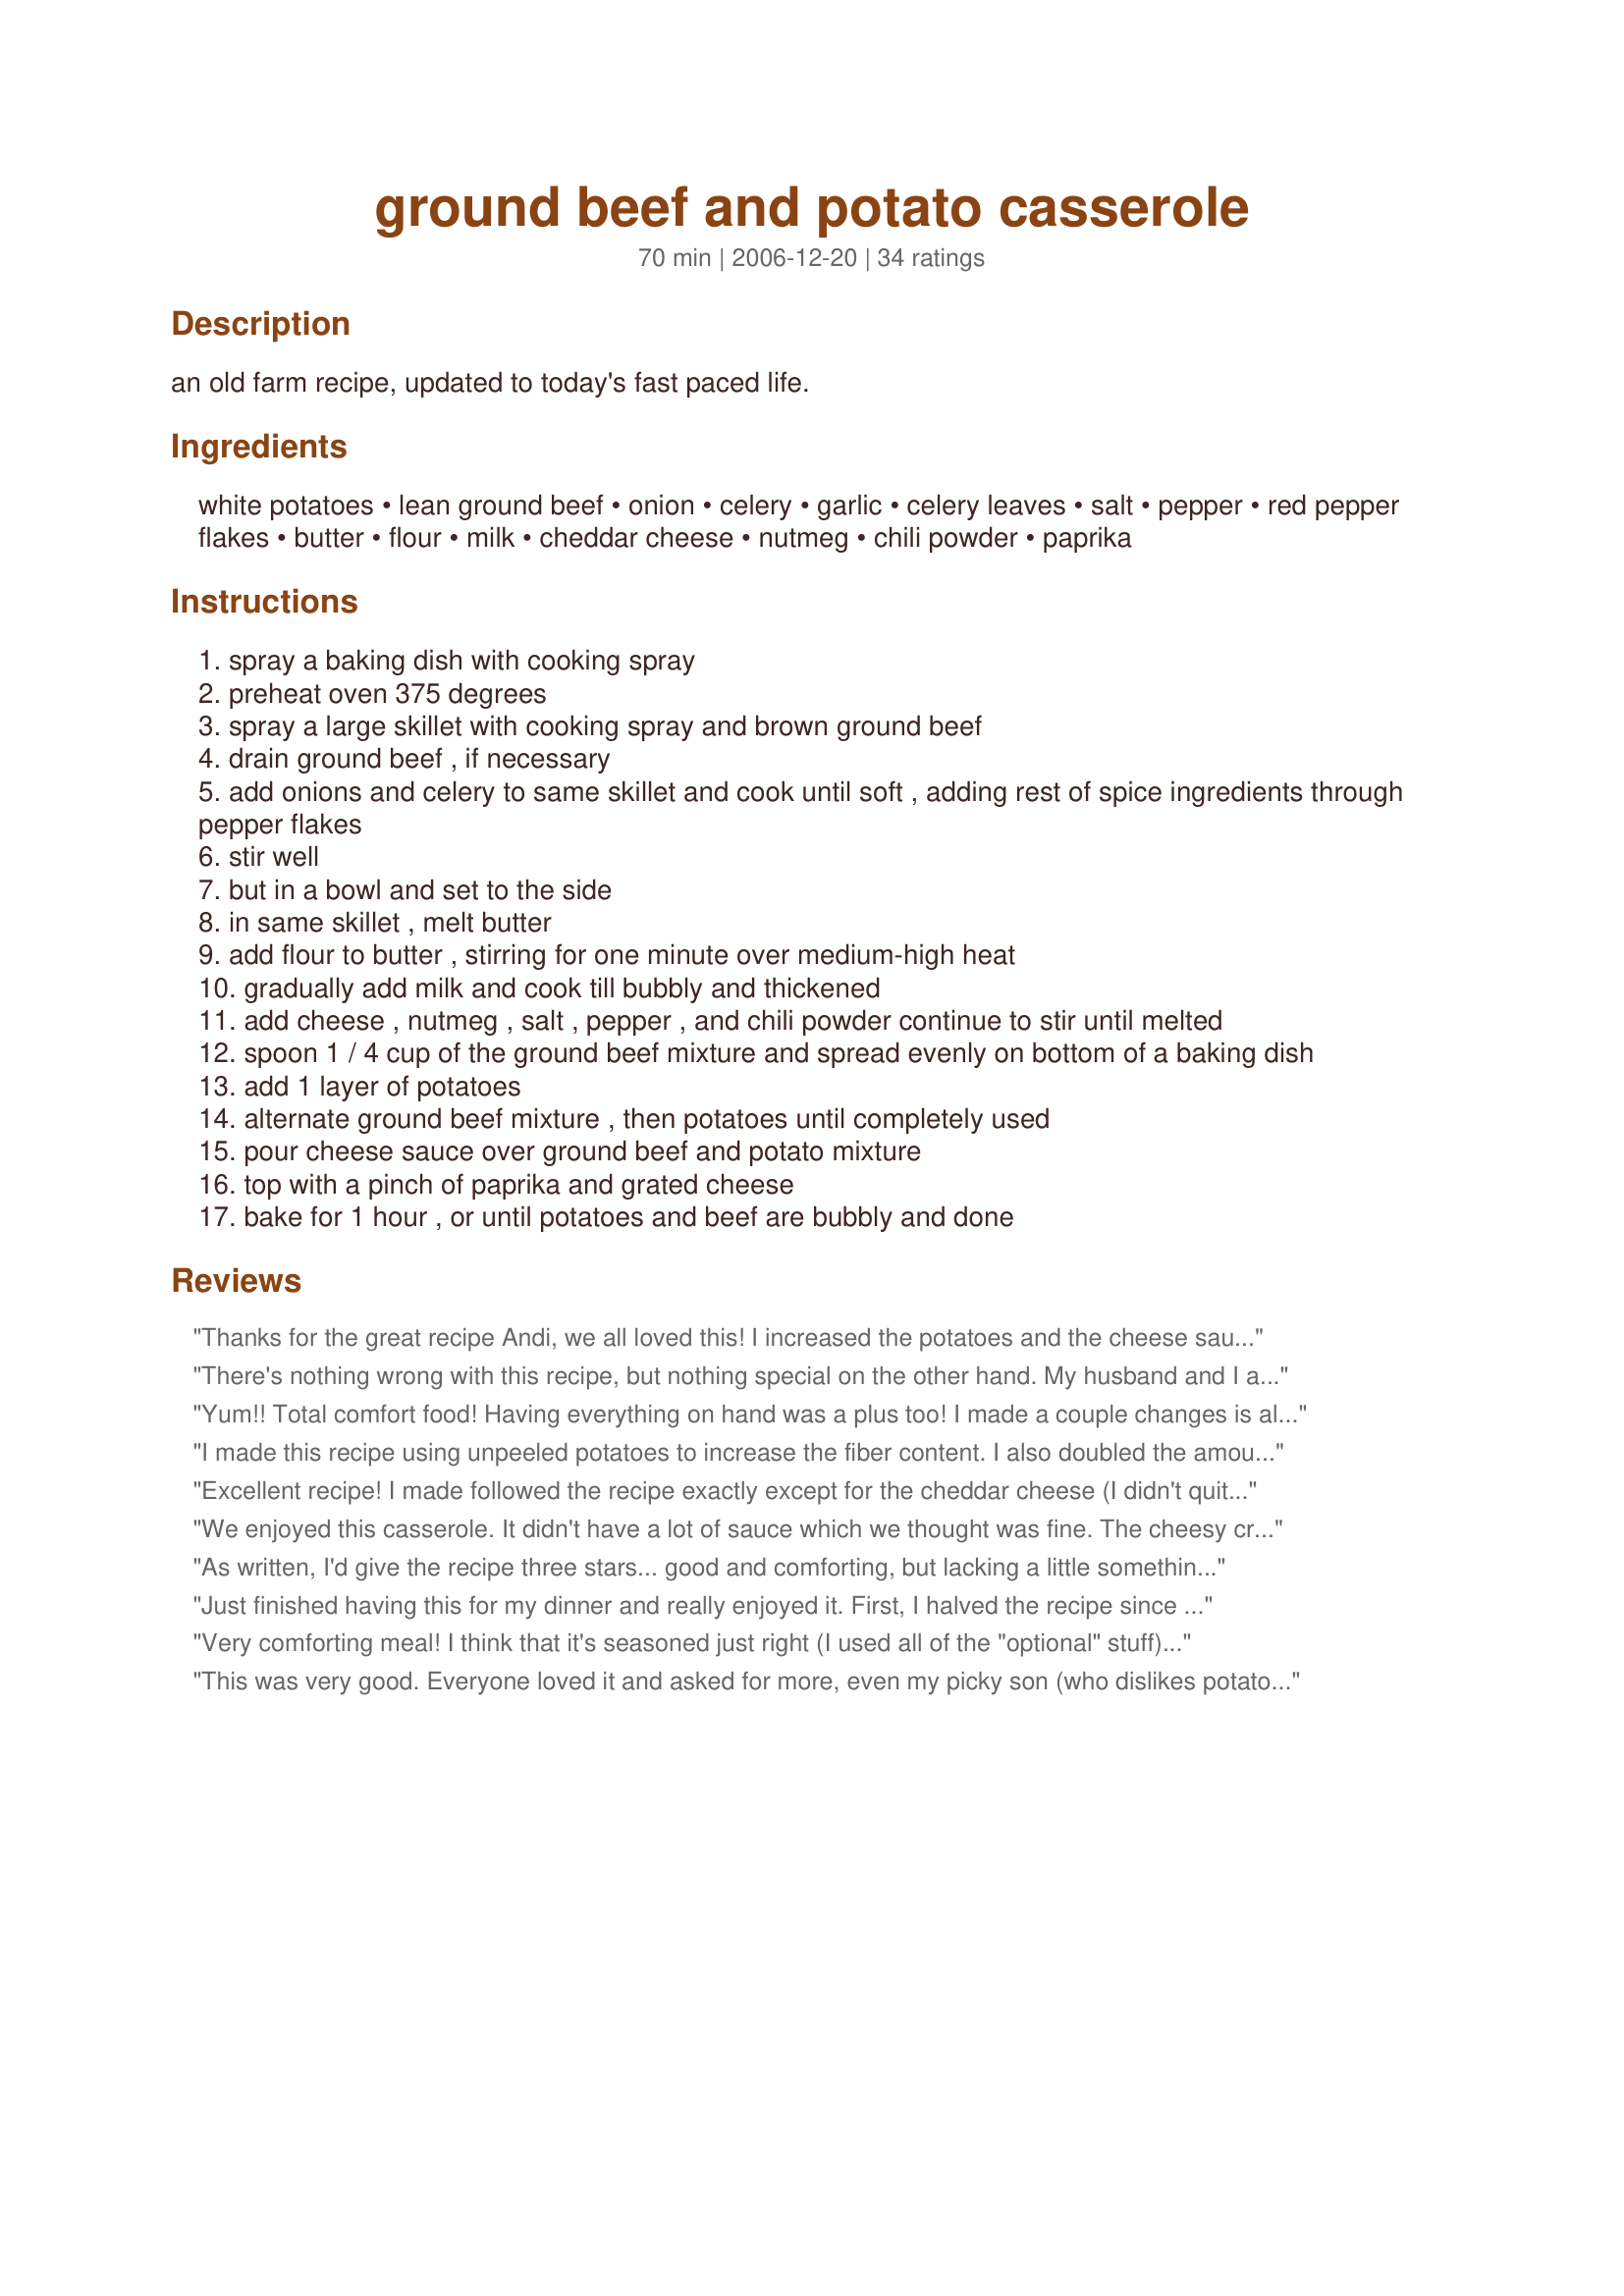
ground beef and potato casserole
Preparation time: 70 minutes

an old farm recipe, updated to today's fast paced life.

Ingredients:
white potatoes, lean ground beef, onion, celery, garlic, celery leaves, salt, pepper, red pepper flakes, butter, flour, milk, cheddar cheese, nutmeg, chili powder, paprika

Steps:
spray a baking dish with cooking spray
preheat oven 375 degrees
spray a large skillet with cooking spray and brown ground beef
drain ground beef , if necessary
add onions and celery to same skillet and cook until soft , adding rest of spice ingredients through pepper flakes
stir well
but in a bowl and set to the side
in same skillet , melt butter
add flour to butter , stirring for one minute over medium-high heat
gradually add milk and cook till bubbly and thickened
add cheese , nutmeg , salt , pepper , and chili powder continue to stir until melted
spoon 1 / 4 cup of the ground beef mixture and spread evenly on bottom of a baking dish
add 1 layer of potatoes
alternate ground beef mixture , then potatoes until completely used
pour cheese sauce over ground beef and potato mixture
top with a pinch of paprika and grated cheese
bake for 1 hour , or until potatoes and beef are bubbly and done

Reviews:
Thanks for the great recipe Andi, we all loved this! I increased the potatoes and the cheese sauce and added a bit of the sauce to each layer as suggested by others. This works great. ( I used a sharp cheddar cheese.) Left out the nutmeg due to personal preference. My kids ate two big plates of this which is remarkable. I have just a wee bit left for lunch tomorrow and I am not sharing!!! Really good, thx!
There's nothing wrong with this recipe, but nothing special on the other hand. My husband and I ate almost most of it, but thought we shouldn't make it again. It's not a big deal.
Yum!! Total comfort food! Having everything on hand was a plus too! I made a couple changes is all. Decreased the burger to a half pound (personal choice) and skipped on the oil to brown it in. Did everything else as directed and it couldn't have been easier to put together. I baked it at 350* for about 50 minutes and it was great! Husband said he loved it and it was familiar to him from growing up. He also wants it added to the meal rotation which is a done deal because we both loved it! Thank you for sharing this recipe and even bringing back some childhood memories! :)
I made this recipe using unpeeled potatoes to increase the fiber content. I also doubled the amount of onions and celery. For the sauce I replaced the butter with 1/4 cup of light Miracle Whip. I think that next time I'll try replacing the flour and butter with light cream cheese. For the cheese sauce I substituted fat reduced old cheddar and used skim milk. I thought the end result was a bit bland but DH liked it alot. The changes I made reduced the calories only slightly to 439. The fiber increased to 4.6 g or 18% and the total fat was reduced to 15.8 g. The fiber was probably a bit higher since Zaar doesn't seem to offer unpeeled potatoes as an ingredient option. Made for the 'Make it Healthier' Cooking tag game.
Excellent recipe! I made followed the recipe exactly except for the cheddar cheese (I didn't quite have enough; I had to use monterey-jack instead). It came out a tad bit salty for my liking (probably from the cheese), but otherwise it was great. The whole dish got eaten the first go-round. :-) Thanks!
We enjoyed this casserole. It didn't have a lot of sauce which we thought was fine. The cheesy crust on top was very tasty. The only change to the recipe I made was I didn't add any nutmeg. I had forgotten that I was out so did without. Thanks for sharing your recipe, Andi.
As written, I'd give the recipe three stars... good and comforting, but lacking a little something. I followed most of the changes mentioned in Rita's review, and would give that a 4 for sure! I think I'll continue to tweak it a little for our family's tastes as it is definitely in the running to be one of our favorites -- I just know it! Thanks, Andi!
Just finished having this for my dinner and really enjoyed it. First, I halved the recipe since I'm only cooking for one person. Did not add the red pepper flakes and forgot to add the paprika and cheese topping, but it was fine without those things. After tasting the sauce and adding more milk and salt, I just mixed everything together rather than layering. One hour was perfect for a cook time. Thanks, Andi.
Very comforting meal! I think that it's seasoned just right (I used all of the "optional" stuff). I doubled the recipe and used 1 lb of lean ground beef and 1 lb of ground turkey breast. I did need more milk in my cheese sauce. After reading other reviews, I poured a wee bit of that cheese sauce between layers. I covered this for the first 45 minutes and uncovered the last fifteen. My casserole was moist, cheesey and tasty! Certainly a "keeper!" Thanx for sharing!
This was very good. Everyone loved it and asked for more, even my picky son (who dislikes potatoes). Will make again!
This was pretty good. I don't think I used enough cheese tho. I'll make this again using more cheese sauce and extra cheese for the top.
Yes, I tweaked making in a 3 quart dish. I used 4 potatoes which I sliced just before layering so no need to cover with water and chill. I browned 2 pounds of 90 percent less fat beef skipped the oil and sauteed the onions celery and garlic right in with the beef, so no need to remove. I skipped the butter and sprinkled 3 tablespoons flour right over the beef mixture. Stirred it in then added 2 cups of low fat milk and 1 cup cheese heated till thickened stirring in the spices. Now I sliced the potatoes in which I layered with the meet mixture. Quick and easy and a lot less clean up with quicker results. I do suggest covering the casserole dish with foil for 45 minutes to prevent the top from browning to quickly. At which point add the remaining cheese to melt! Comfort food!
Oh my son just had to top his with ketchup and I found it pretty good.
Thanks for the warmth!
This was great! I made a few minor changes based off reviews. Let's see, I added 1/4 more salt to the beef and 1/2tsp more garlic and less 1/4tsp chili flakes. I did a 1/2 more of all the ingredients in the cheese sauce, but did a 1/2 tsp chili- so, a bit more than 1/2 more. I mixed the beef with 1/2 the cheese sauce and layered,adding cheese sauce to each layer. It was good and had a bite,too! I think I'll add more veg to the meat next time. Thanks for sharing...it's a nice recipe.
Very delicious! Just seasoned to our tastes and it was wonderful.
This is a great comfort meal! My family really liked it and I will definitely make it again. It is like having au gratin potatoes with beef and how can you go wrong with that combination? I did use some of RitaL's suggestions to cut down on clean up time since that's the only thing I don't like about cooking! I used only 1 pound lean ground beef, though, omitted the celery (DH does not like it) added 1 1/2 cups of milk and at least 1 cup of the cheddar cheese. I did use a 3-quart casserole dish and covered it until the last few minutes when I added the extra cheese on top. The potatoes came out perfectly and the ground beef and sauce were delicious! Thanks for sharing, Andi.
it's not bad but it's not something i'll make again. the sauce didn't come out right for me i had to add a lot more milk than in the directions. i used all the spices and it still seemed a little blah to me. just not the recipe for me.
Choose this dish based on my ingredients on hand and the reviews. A Big success! Loved it. I followed Rita's suggestions...then added about 1 1/2cups of frozen green beans and two handfuls of frozen corn to meat mixture. Kids lived it. Served with salad and rolls. Thanks for the post.
Andi thank you for another wonderful meal! I used ground round, dried celery leaves with a little celery seed added and just a pinch of red pepper flakes. Did need to add more milk and added the chili powder to the cheese sauce. Peeled and shaved the potatoes thinly with my vegetable peeler. Love casseroles, just opened a can of green beans and we were set. Thank you sweetie for posting your recipe!
A little bland but tasty. Would maybe make more cheese sauce/have a slightly higher ratio of potatoes.
This was a very good meal. For our tastes, the spices could have been stronger and it could have used more onions but it was a very good jumping off place. I used a mandolin to cut my potatoes thinly and they cooked in 45 minutes. I would also cover the dish for most of the cooking time, uncovering it only at the end to give the topping some color. &lt;br/&gt;&lt;br/&gt;With a bit more seasoning, I can see this becoming part of our regular rotation.
I thought this recipe was great! It is very easy to make, uses ingredients that you usually have available and tastes wonderful. My husband loved it and I would definitely make it again.
Thanks Andi!

Maddie's Mom
Enjoyed this dish. Added a little velvetta which I had left. Added a little over a cup of milk. Used about 1-1/4 lbs of ground beef. Thanks for the recipe!
Yummy..Yummy for your tummy...if you're looking for a nice filling meal. Add a salad or some dinner rolls. Yoila~
Great meal for the men of this family. I made this during the day (as I had to drive the yellow school bus that night for a sporting event) following (somewhat) Rita's recipe review alternatives. Left a little note on the counter for DH to follow when he got home from working. Perfectly cooked in 45 minutes.... so he says:-). 
Thanks for a great idea to the normal casserole I usually whip together of meat and potatoes. Loved the addition of cheese in this one. 
Made for HolidayTag~
I made it as is and it was very yummy and kid friendly! My family loved it! Thanks!
Wow! This dish is like a combination of scalloped potatoes and shepherd's pie! It's so delicious and definitely comforting. I sauteed my meat in a deep skillet with the veggies then took it off the heat and added raw, diced mushrooms and zucchini. I didn't want to dirty more dishes so I didn't layer my casserole; instead I just spread my potatoes over my meat mixture then the cheese sauce over that. I had to bake my for 1 1/2 hours total (probably because the way I stacked ingredients). I put the skillet lid on it for the first 45 minutes. The last 20 minutes I sprinkled it with shredded cheese and fresh grated parm. This was awesome and very versatile. Will make again. Thank you!!
Awesome comfort food! We had this on a snowy night and it really hit the spot. I added the red pepper flakes to the ground beef, but left out the chili powder. I added all the onions, celery and garlic while I browned the ground beef. Went perfect with a small green salad!
What can I say? There are only two of us, and the entire pan was cleaned out by the end of the night. I had one &quot;healthy&quot; serving, and my hubby kept going back for more! He is a meat and potatoes kind of guy! I used ground venison in place of beef. The only option I added was celery salt in place of the regular salt and celery leaves. I also had some mirepoix (onions, celery, carrots) left in the fridge so I subbed that for the chopped onions and celery. What an easy, tasty meal. Note to self: double the sauce!
Great recipe! I did follow Rita L`s instructions though, it looked like it would be the same outcome with less work. I used 1lb of hamburger, it could use more milk like Rita said, I think it would make it easier to spread. Next time I will only bake it for 45 or 50 minutes because at an hour it was a little burnt on the edges and bottom, which was still great though. I will definitly make this again.I put it into my make again folder. Thanks
Fantastic comfort food. I made this more of a one dish meal and added 1 c. frozen peas and carrots and 1/2 c. frozen corn to beef mixture. I also ended up using mozarella cheese instead of cheddar as I was out. Very good and easy.
The husband loves it, my 4 yr old refused to eat it but he hates meat for some reason and my 6 yr old she loved it. I added ranch to my beef and cheese and it turned out amazing. I didn't do pepper flakes because the kids aren't to keen on spicy. Even though my potatoes were thinly sliced some were raw-ish at the end which the hubby decided to make sure I knew lol. But overall it was very tasty!
Simple & easy to put together. Hubby loved it! Slightly "warm", for me, but the pepper flakes do give it that kick. Will be making again.
Everyone ate this but my only complaint was the bottom of the casserole didn't have any of the sauce. I see in some of the pictures the casseroles look saucy mine wasn't like that and I followed the directions exactly. I may try this again and maybe just mix everything together to see if that makes a difference. Thanks, Andi!
This is really good.I fixed it for some friends & "she" didnt like the pepper flakes(they did give a kick).
I was looking for something different to do with ground beef,so this was made on 2/5/09. There were a few changes made to the recipe, that I don't think changed the end result.Since my SO and I don't care for celery it was left out.Instead of cooking the onion by itself, I cooked it with the ground beef.The amount of mutmeg in the sauce part of the recipe was cut down to 1/4 tsp.Other than those changes, the recipe was made as written.Since my oven temp. runs a bit on the weird side, this was done to our likeness in about 45 minutes.The taste was pure comfort, a very good "stick to your ribs " dish. This will be made again. Thanks for posting and "Keep Smiling :)"
